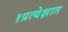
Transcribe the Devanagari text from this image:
१प्रत्येक्षात